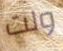
ولت